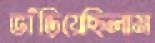
ভাঁড়িয়েছিলাম